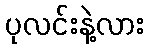
ပုလင်းနဲ့လား